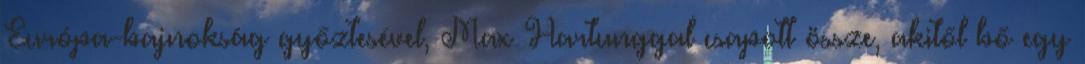
Európa-bajnokság győztesével, Max Hartunggal csapott össze, akitől bő egy